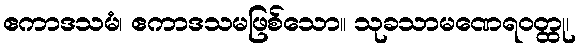
ဧကာဒသမံ၊ ဧကာဒသမဖြစ်သော။ သုခသာမဏေရဝတ္ထု၊